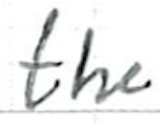
Text: the
Cross-out: clean
Writing tool: ballpoint